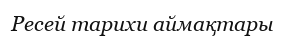
Ресей тарихи аймақтары